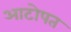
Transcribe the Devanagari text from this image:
आटोपत